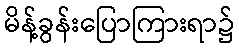
မိန့်ခွန်းပြောကြားရာ၌